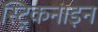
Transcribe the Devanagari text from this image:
स्ट्रिकनाइन